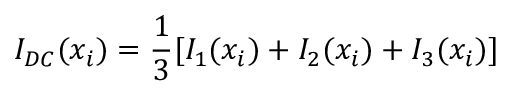
I _ { D C } ( x _ { i } ) = \frac { 1 } { 3 } [ I _ { 1 } ( x _ { i } ) + I _ { 2 } ( x _ { i } ) + I _ { 3 } ( x _ { i } ) ]